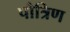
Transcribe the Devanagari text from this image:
पौत्रिण